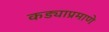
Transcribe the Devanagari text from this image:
कड्याप्रमाणे